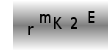
Text: rmK2E